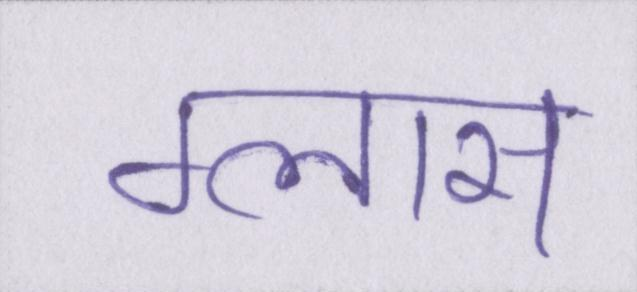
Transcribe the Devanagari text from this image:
ग्लास